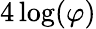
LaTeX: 4\log(\varphi)